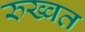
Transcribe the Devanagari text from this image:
रुख्वत